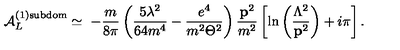
{ \cal A } _ { L } ^ { ( 1 ) \mathrm { s u b d o m } } \simeq \ - \frac m { 8 \pi } \left( \frac { 5 \lambda ^ { 2 } } { 6 4 m ^ { 4 } } - \frac { e ^ { 4 } } { m ^ { 2 } \Theta ^ { 2 } } \right) \frac { { \bf p } ^ { 2 } } { m ^ { 2 } } \left[ \ln \left( \frac { \Lambda ^ { 2 } } { { \bf p } ^ { 2 } } \right) + i \pi \right] .